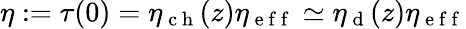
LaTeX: \eta:=\tau(0)=\eta_{\mathrm{~c~h~}}(z)\eta_{\mathrm{~e~f~f~}}\simeq\eta_{\mathrm{~d~}}(z)\eta_{\mathrm{~e~f~f~}}